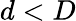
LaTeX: d<D